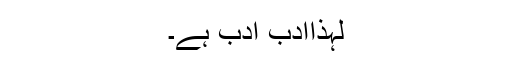
لہٰذاادب ادب ہے۔